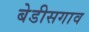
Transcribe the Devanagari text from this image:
बेडीसगाव